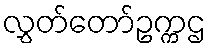
လွှတ်တော်ဥက္ကဌ